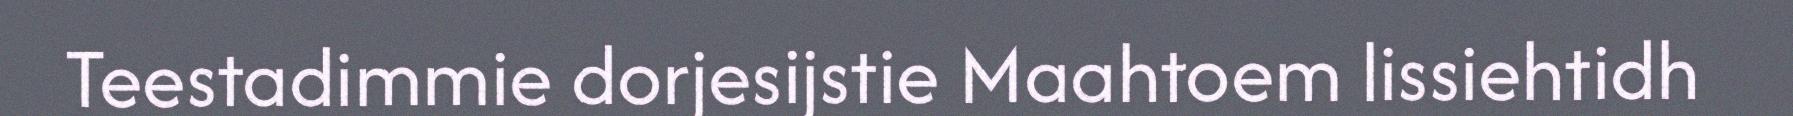
Teestadimmie dorjesijstie Maahtoem lissiehtidh